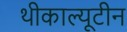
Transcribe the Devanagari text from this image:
थीकाल्यूटीन